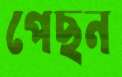
পেছন